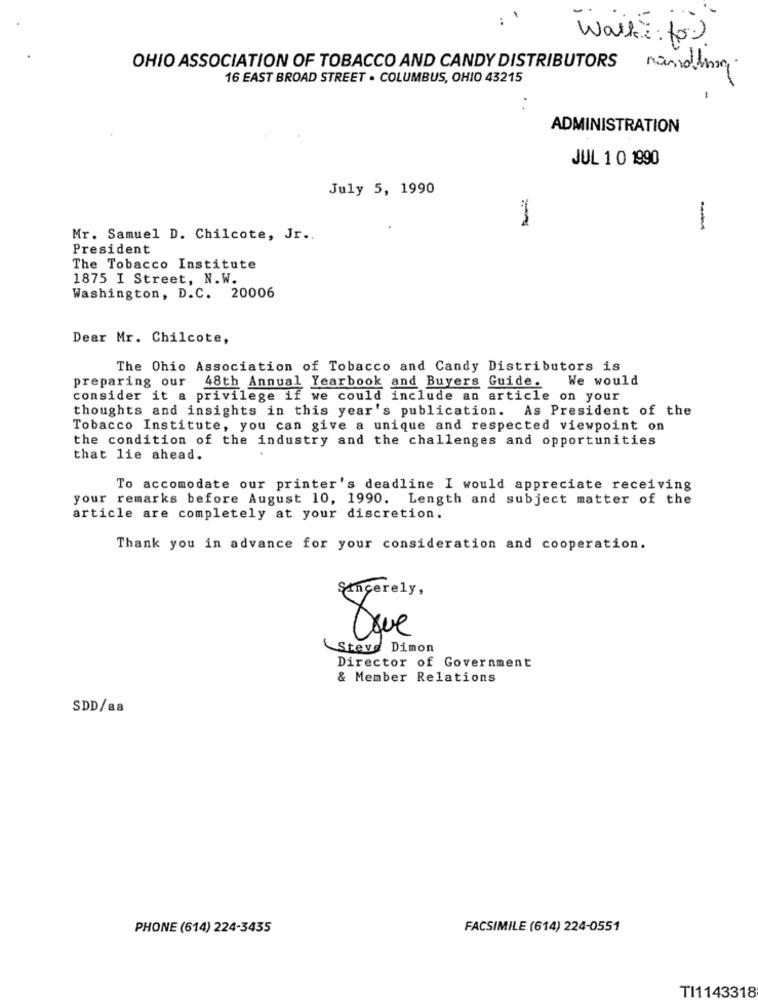
walk: for)
OHIO ASSOCIATION OF TOBACCO AND CANDY DISTRIBUTORS
mandlig
16 EAST BROAD STREET . COLUMBUS, OHIO 43215
ADMINISTRATION
JUL 1 0 1990
July 5, 1990
-
Mr. Samuel D. Chilcote, Jr ..
President
The Tobacco Institute
1875 I Street, N.W.
Washington, D.C. 20006
Dear Mr. Chilcote,
The Ohio Association of Tobacco and Candy Distributors is
preparing our
48th Annual Yearbook and Buyers Guide.
We would
consider it a privilege if we could include an article on your
thoughts and insights in this year's publication. As President of the
Tobacco Institute, you can give a unique and respected viewpoint on
the condition of the industry and the challenges and opportunities
that lie ahead.
To accomodate our printer's deadline I would appreciate receiving
your remarks before August 10, 1990. Length and subject matter of the
article are completely at your discretion.
Thank you in advance for your consideration and cooperation.
Sincerely,
Oque
Steve Dimon
Director of Government
& Member Relations
SDD/88
PHONE (614) 224-3435
FACSIMILE (614) 224-0551
TI1143318